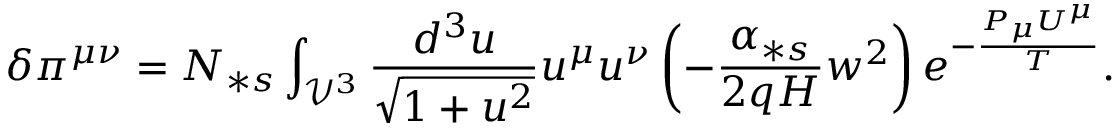
\delta \pi ^ { \mu \nu } = N _ { \ast s } \int _ { \mathcal { V } ^ { 3 } } \frac { d ^ { 3 } u } { \sqrt { 1 + u ^ { 2 } } } u ^ { \mu } u ^ { \nu } \left( - \frac { \alpha _ { \ast s } } { 2 q H } w ^ { 2 } \right) e ^ { - \frac { P _ { \mu } U ^ { \mu } } { T } } .